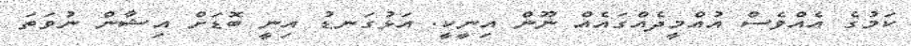
ކަމުގެ އެއްވެސް އުއްމީދެއްގައެއް ނޫން އިނީކީ. އަޅުގަނޑު އިނީ ބޮޑަށް އިޝާން ނުވަތަ